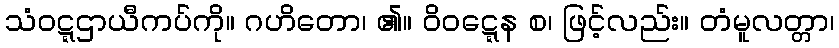
သံဝဋ္ဋဌာယီကပ်ကို။ ဂဟိတော၊ ၏။ ဝိဝဋ္ဋေန စ၊ ဖြင့်လည်း။ တံမူလတ္တာ၊